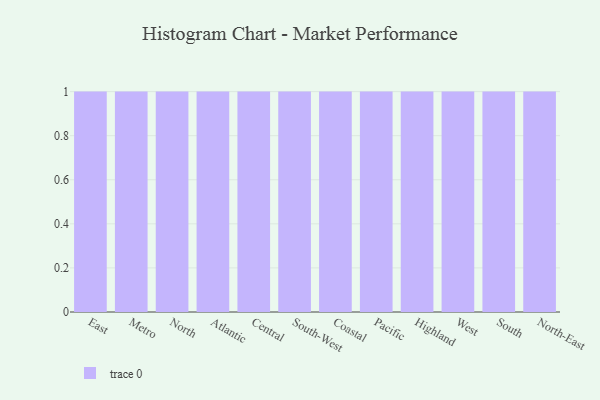
{"axis": {"x": "Region", "y": "Population (Million)"}, "legend": [""], "data": [{"x": "East", "y": 4, "type": ""}, {"x": "Metro", "y": 57, "type": ""}, {"x": "North", "y": 37, "type": ""}, {"x": "Atlantic", "y": 42, "type": ""}, {"x": "Central", "y": 22, "type": ""}, {"x": "South-West", "y": 55, "type": ""}, {"x": "Coastal", "y": 47, "type": ""}, {"x": "Pacific", "y": 94, "type": ""}, {"x": "Highland", "y": 62, "type": ""}, {"x": "West", "y": 52, "type": ""}, {"x": "South", "y": 92, "type": ""}, {"x": "North-East", "y": 17, "type": ""}]}